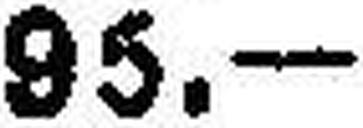
95.—